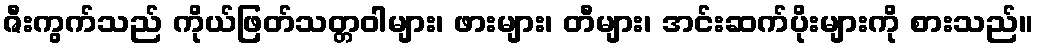
ဇီးကွက်သည် ကိုယ်ဖြတ်သတ္တဝါများ၊ ဖားများ၊ တီများ၊ အင်းဆက်ပိုးများကို စားသည်။